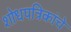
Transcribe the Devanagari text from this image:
शोधपत्रिकांचे